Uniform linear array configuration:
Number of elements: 64
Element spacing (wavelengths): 0.5
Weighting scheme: blackman
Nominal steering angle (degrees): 30
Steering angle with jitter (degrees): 29.146
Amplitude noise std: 0.05
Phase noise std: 0.05

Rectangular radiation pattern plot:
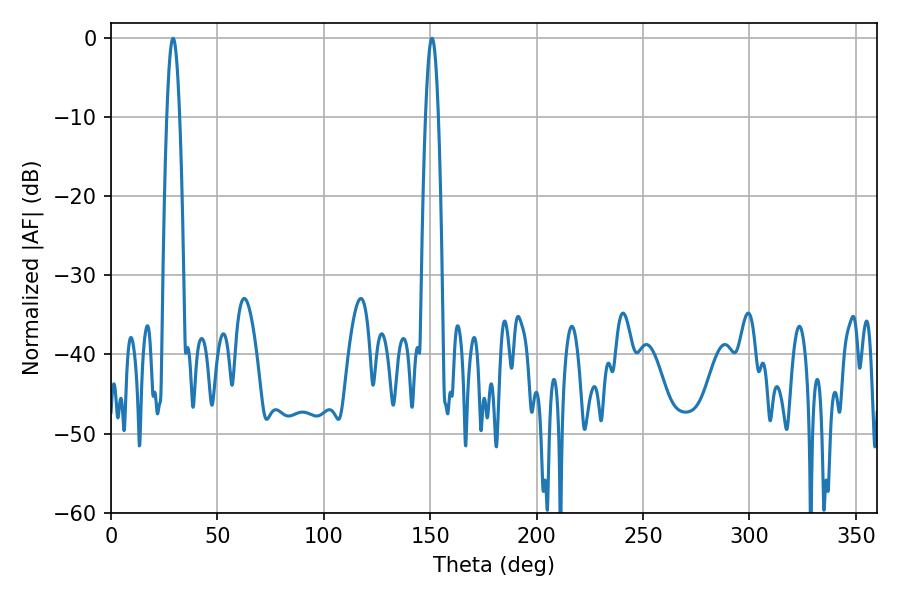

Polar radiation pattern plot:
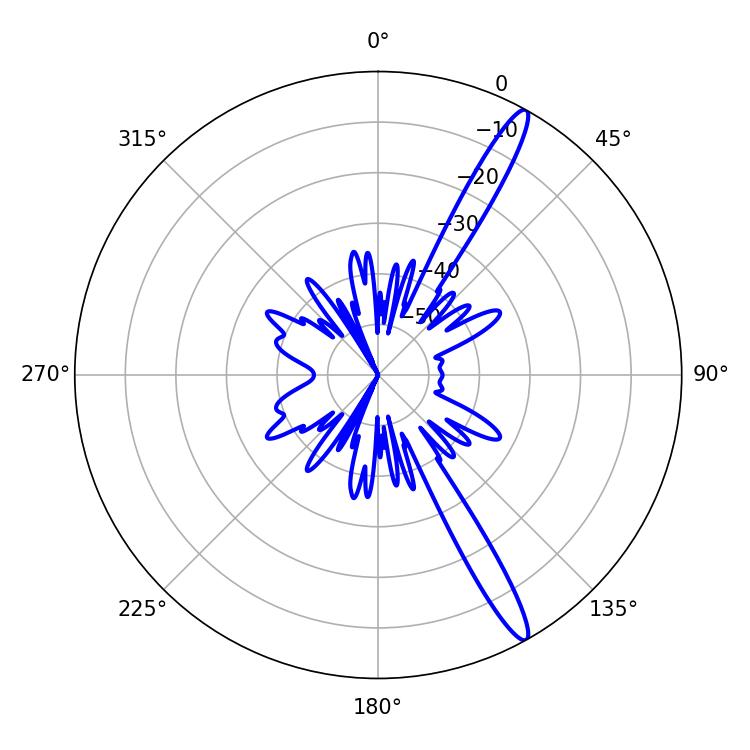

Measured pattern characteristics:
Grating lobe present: FALSE
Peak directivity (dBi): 15.13
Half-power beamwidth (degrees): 3.24
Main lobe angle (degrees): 29.16